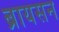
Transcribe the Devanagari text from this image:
ब्रायसन